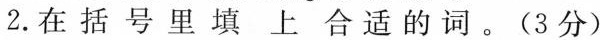
2.在括号里填上合适的词。(3分)